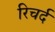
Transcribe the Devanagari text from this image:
रिचर्द